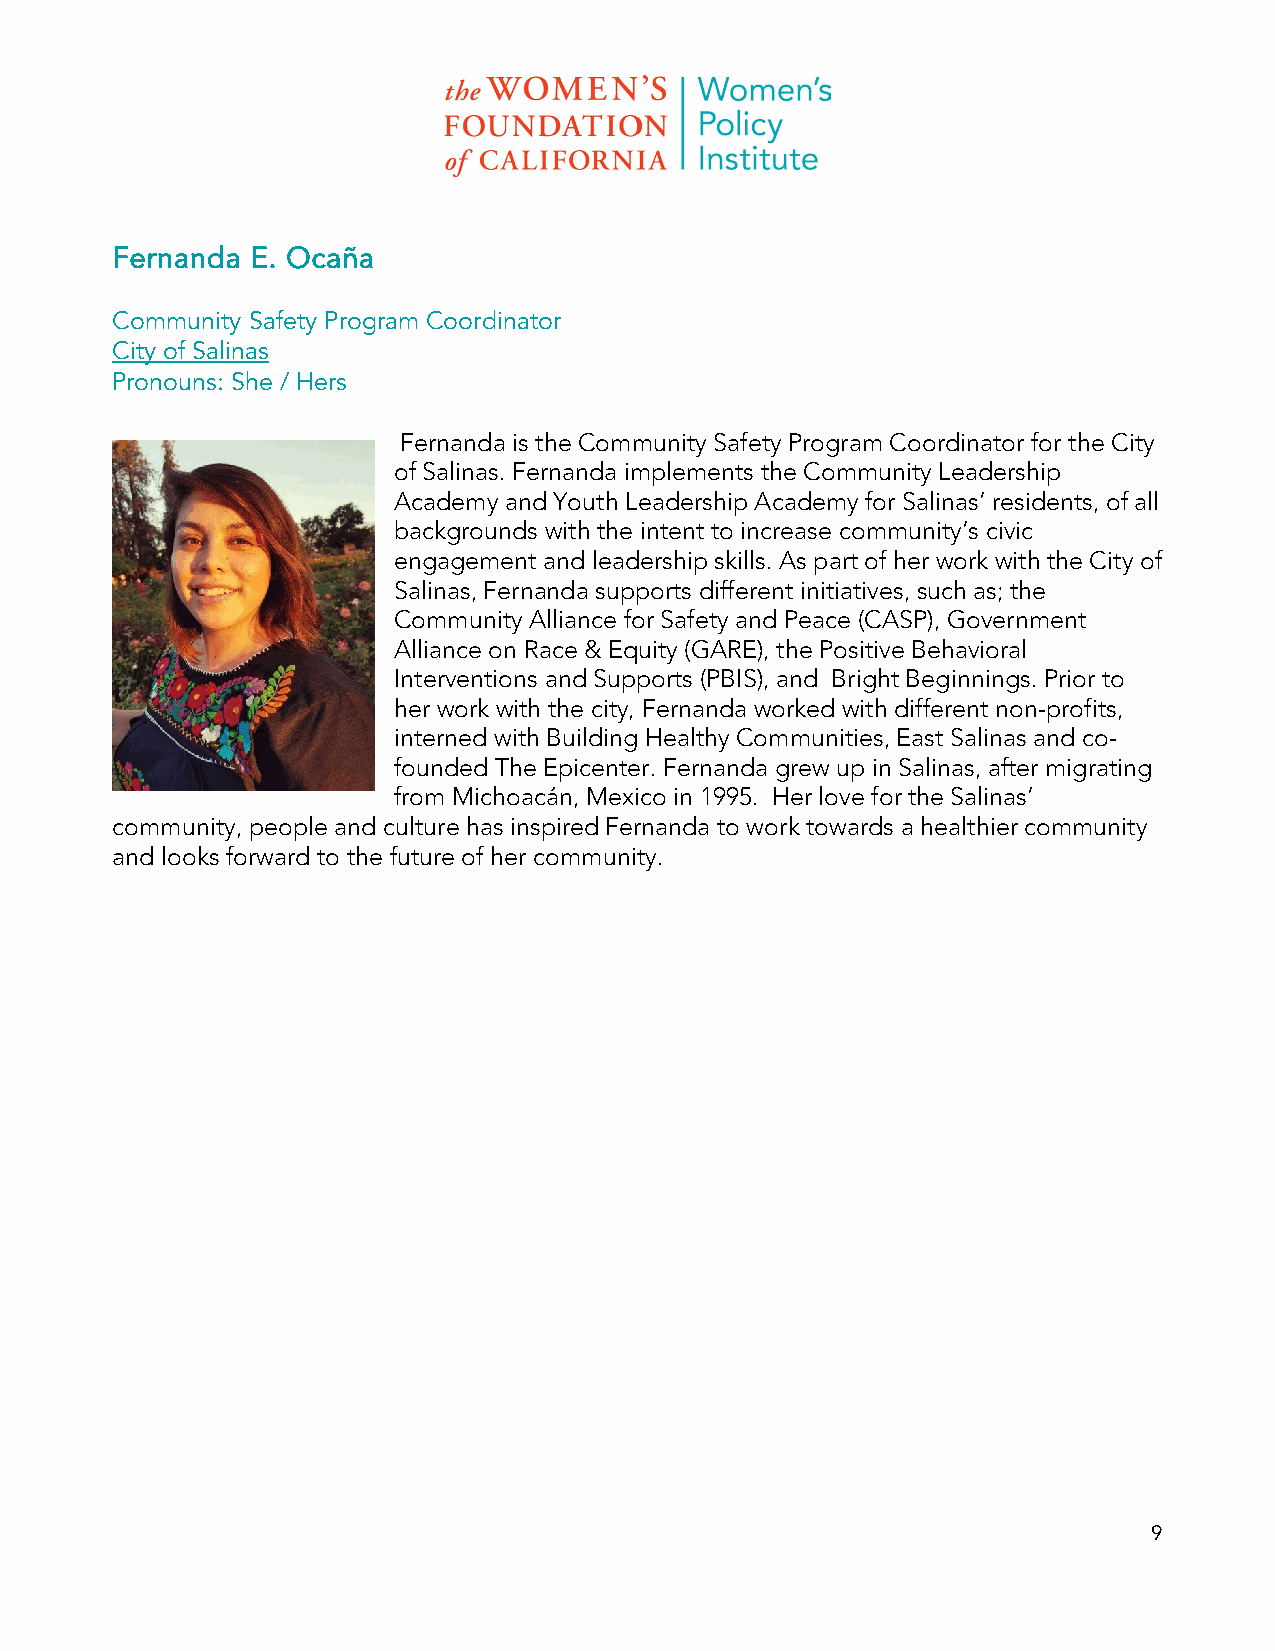
Fernanda  E. Ocaña
 Community Safety Program Coordinator
 City of Salinas
 Pronouns: She / Hers
 Fernanda is the Community Safety Program Coordinator for the City
 of Salinas. Fernanda implements the Community Leadership
 Academy and Youth Leadership Academy for Salinas’ residents, of all
 backgrounds with the intent to increase community’s civic
 engagement and leadership skills. As part of her work with the City of
 Salinas, Fernanda supports different initiatives, such as; the
 Community Alliance for Safety and Peace (CASP), Government
 Alliance on Race & Equity (GARE), the Positive Behavioral
 Interventions and Supports (PBIS), and Bright Beginnings. Prior to
 her work with the city, Fernanda worked with different non-profits,
 interned with Building Healthy Communities, East Salinas and co-
 founded The Epicenter. Fernanda grew up in Salinas, after migrating
 from Michoacán, Mexico in 1995. Her love for the Salinas’
 community, people and culture has inspired Fernanda to work towards a healthier community
 and looks forward to the future of her community.
 9